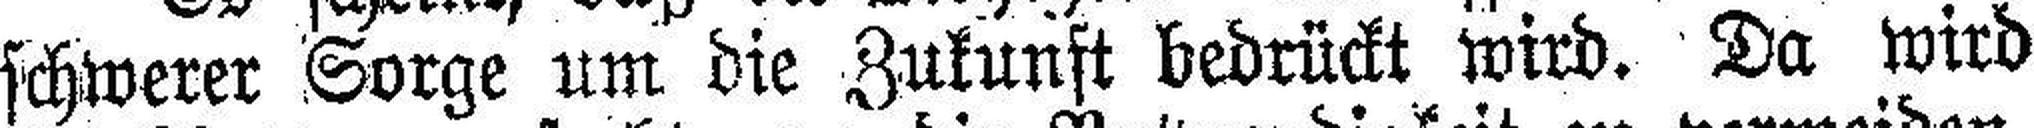
schwerer Sorge um die Zukunft bedrückt wird. Da wird